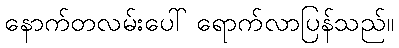
နောက်တလမ်းပေါ် ရောက်လာပြန်သည်။